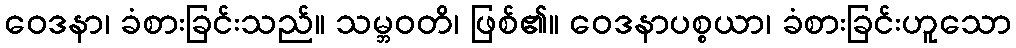
ဝေဒနာ၊ ခံစားခြင်းသည်။ သမ္ဘဝတိ၊ ဖြစ်၏။ ဝေဒနာပစ္စယာ၊ ခံစားခြင်းဟူသော